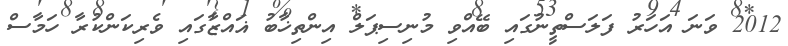
2012 ވަނަ އަހަރު ފަލަސްތީނުގައި ބޭއްވި މުނިސިޕަލް އިންތިޚާބު ޣައްޒާގައި ވެރިކަންކުރާ ހަމާސް